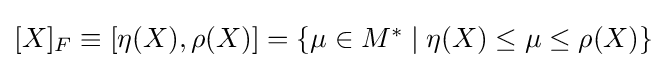
{\textstyle [X]_{F}\equiv [\eta (X),\rho (X)]=\{\mu \in M^{\ast }\mid \eta (X)\leq \mu \leq \rho (X)\}}